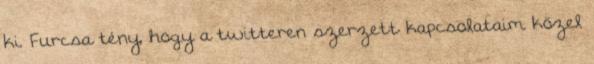
ki. Furcsa tény, hogy a twitteren szerzett kapcsolataim közel